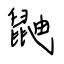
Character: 鼬